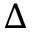
\Delta